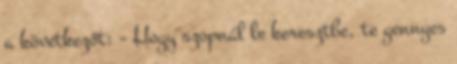
a következőt: - Hogy szopnál le keresztbe, te gennyes